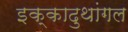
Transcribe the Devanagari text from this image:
इक्कादुथांगल